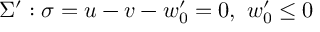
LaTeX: \Sigma ^ { \prime } : \sigma = u - v - w _ { 0 } ^ { \prime } = 0 , ~ w _ { 0 } ^ { \prime } \leq 0